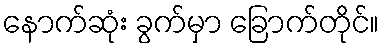
နောက်ဆုံး ခွက်မှာ ခြောက်တိုင်။